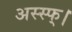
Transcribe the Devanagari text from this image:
अस्स्फ्।